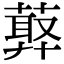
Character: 𦻡